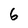
Character: 6